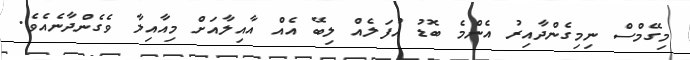
މިގޭމްސް ނިމިގެންދާއިރު އެންމެ ބޮޑު އުފަލެއް ލިބޭ އެއް އާއިލާއަށް މިއާއިލާ ވެގެންދާނެއެވެ.